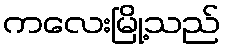
ကလေးမြို့သည်